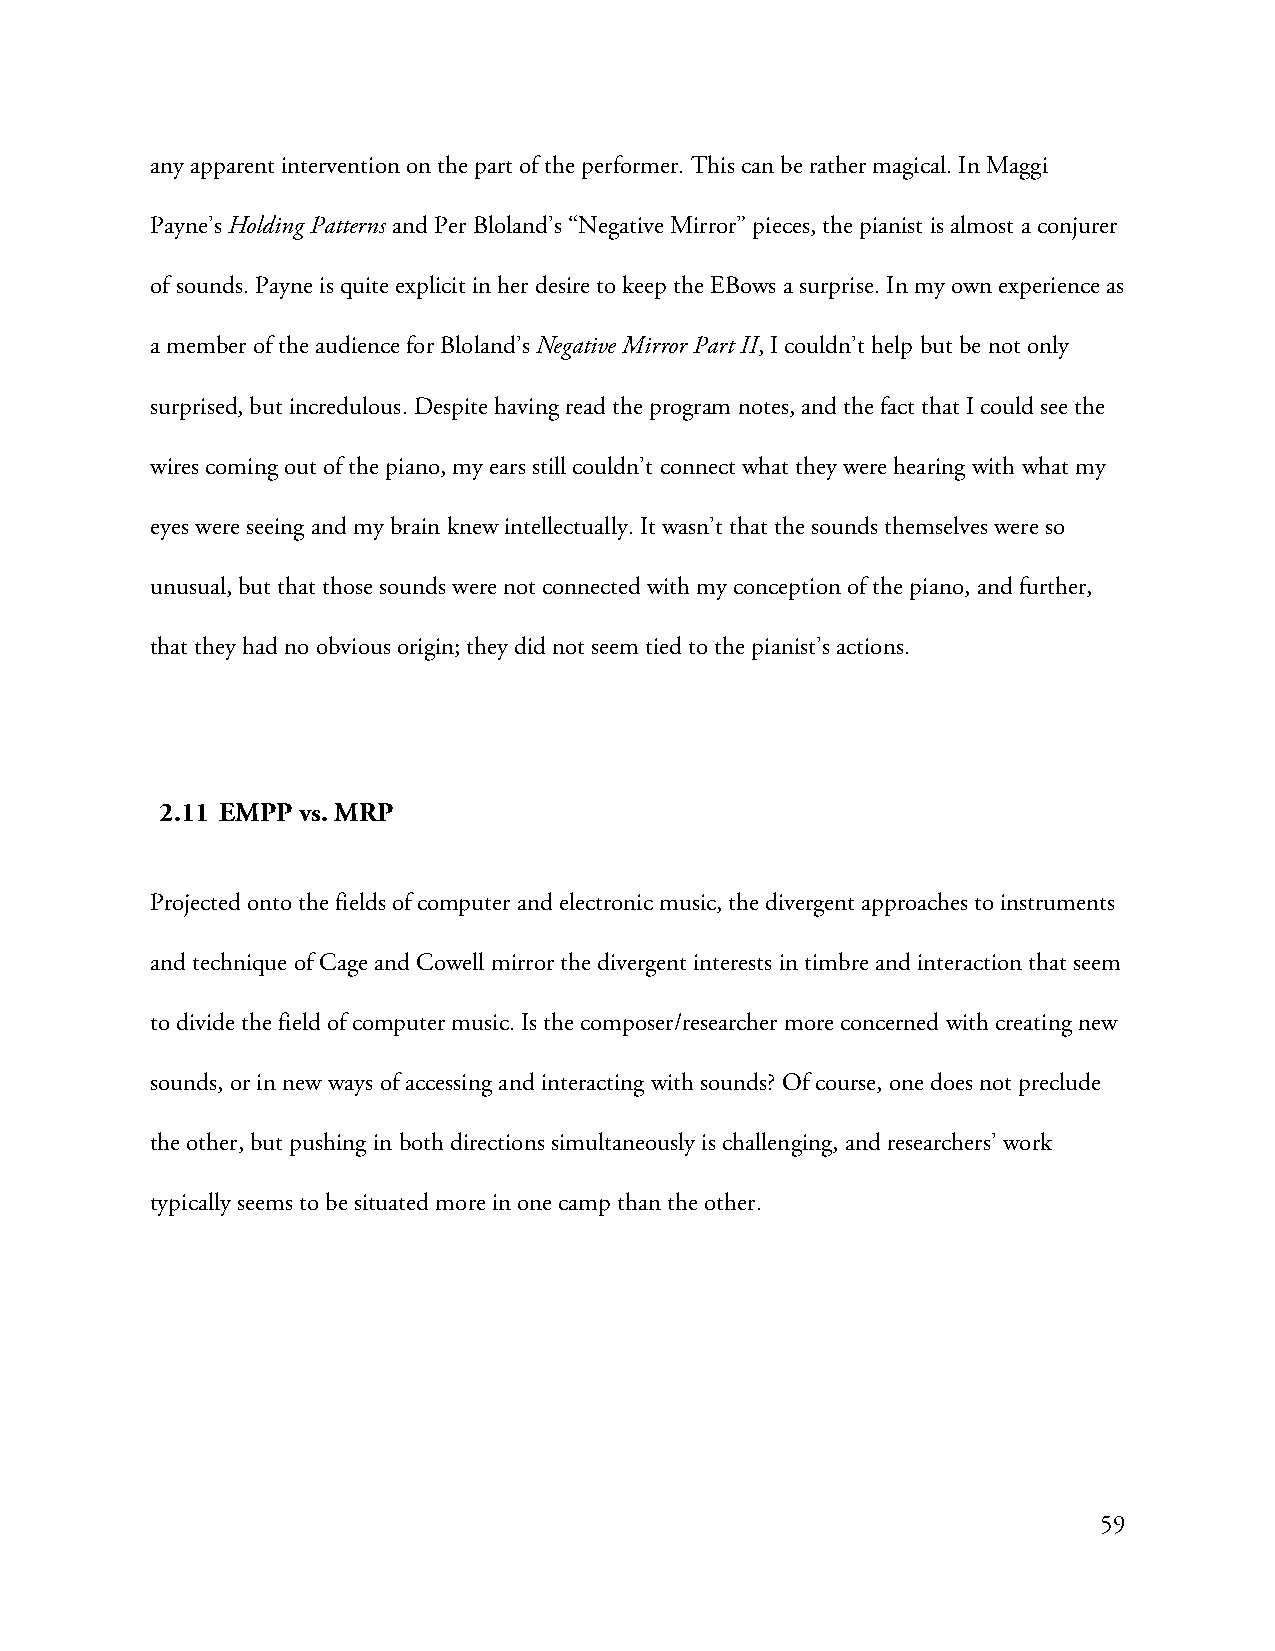
any apparent intervention on the part of the performer. This can be rather magical. In Maggi
 Payne’s Holding Patterns and Per Bloland’s “Negative Mirror” pieces, the pianist is almost a conjurer
 of sounds. Payne is quite explicit in her desire to keep the EBows a surprise. In my own experience as
 a member of the audience for Bloland’s Negative Mirror Part II, I couldn’t help but be not only
 surprised, but incredulous. Despite having read the program notes, and the fact that I could see the
 wires coming out of the piano, my ears still couldn’t connect what they were hearing with what my
 eyes were seeing and my brain knew intellectually. It wasn’t that the sounds themselves were so
 unusual, but that those sounds were not connected with my conception of the piano, and further,
 that they had no obvious origin; they did not seem tied to the pianist’s actions.
 2.11 EMPP vs. MRP
 Projected onto the fields of computer and electronic music, the divergent approaches to instruments
 and technique of Cage and Cowell mirror the divergent interests in timbre and interaction that seem
 to divide the field of computer music. Is the composer/researcher more concerned with creating new
 sounds, or in new ways of accessing and interacting with sounds? Of course, one does not preclude
 the other, but pushing in both directions simultaneously is challenging, and researchers’ work
 typically seems to be situated more in one camp than the other.
 59